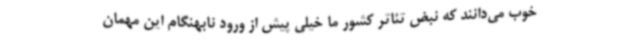
خوب می‌دانند که نبض تئاتر کشور ما خیلی پیش از ورود نابهنگام این مهمان